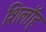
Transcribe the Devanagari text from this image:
शिलॉह